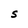
Character: S